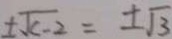
\pm \sqrt { c - 2 } = \pm \sqrt { 3 }